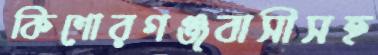
কিশোরগঞ্জবাসীসহ